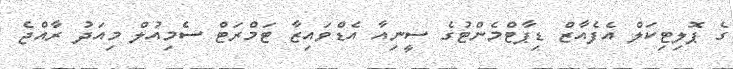
ގެ ޕޮލިޓިކަލް އެފެއާޒް ޑިޕާޓްމެންޓުގެ ސީނިއާ އެޑްވައިޒާ ޓަމްރަޓް ސެމިއުލް މިއަދު ރާއްޖެ